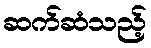
ဆက်ဆံသည့်